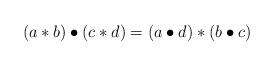
LaTeX: \begin{align*}(a \ast b) \bullet (c \ast d) = (a\bullet d) \ast (b \bullet c) \end{align*}